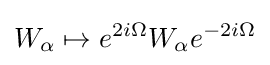
W_{\alpha }\mapsto e^{2i\Omega }W_{\alpha }e^{-2i\Omega }